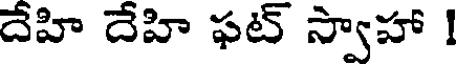
దేహి దేహి ఫట్ స్వాహా !